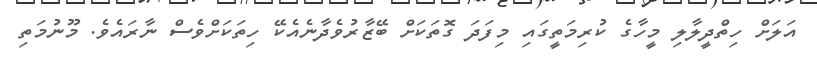
އަލަށް ހިތްދީލާލި މީހާގެ ކުރިމަތީގައި މިފަދަ ގޮތަކަށް ބޭޒާރުވެދާނެއެކޭ ހިތަކަށްވެސް ނާރައެވެ. މޫނުމަތި